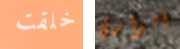
خلقت البراري